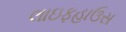
લાઇફહાઉસ